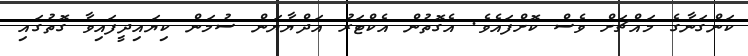
ކަންގަނާގެ މައްޗަށް ވެސް ކޮށްފައެވެ. އެގޮތުން އެކްޓަރު އަދްޔާޔަން ސުމަން ކިޔައިދީފައިވާ ގޮތުގައި